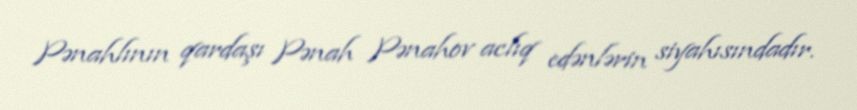
Pənahlının qardaşı Pənah Pənahov aclıq edənlərin siyahısındadır.